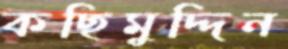
কছিমুদ্দিন